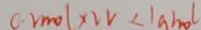
C \cdot r m o l \times 2 v < 1 a h o l